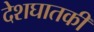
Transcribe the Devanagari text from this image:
देशघातकी